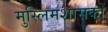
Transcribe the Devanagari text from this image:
मुस्लिमशासकों